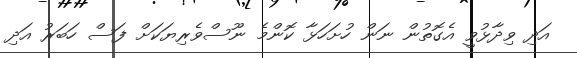
އަދި ވިދާޅުވީ އެގޮތުން ނަން ހުށަހަޅާ ކޮންމެ ނޫސްވެރިޔަކަށް ފަސް ހަބަރު އަދި